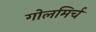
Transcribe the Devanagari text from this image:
गोलमिर्च